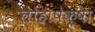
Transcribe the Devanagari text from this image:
लोहापेक्षा